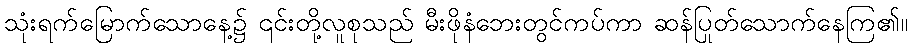
သုံးရက်မြောက်သောနေ့၌ ၎င်းတို့လူစုသည် မီးဖိုနံဘေးတွင်ကပ်ကာ ဆန်ပြုတ်သောက်နေကြ၏။